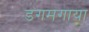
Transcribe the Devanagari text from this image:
डगमगाया